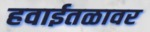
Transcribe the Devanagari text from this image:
हवाईतळावर